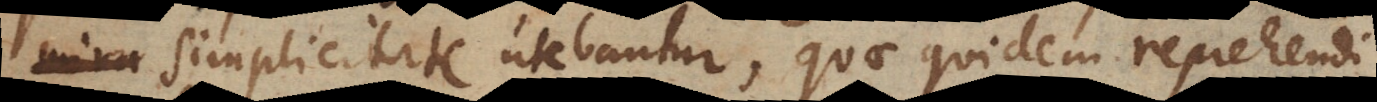
summa simplicitate utebantur, quae quidem reprehendi